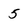
Character: 5